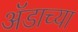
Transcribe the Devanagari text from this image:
ॲडाच्या